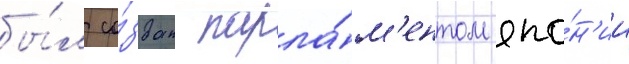
бы́л со́здан парла́м'ентом япо́н'ии